On the action of the venoms of the cobra (Naja tripudians) and of the daboia (Daboia russellii) on the red blood corpuscles and on the blood plasma - Number 4
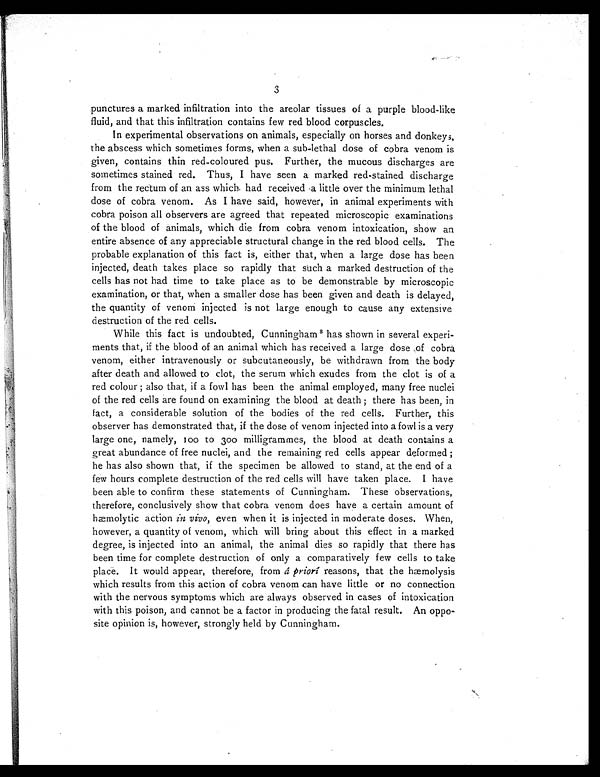
-4
3 3
punctures a marked infiltration into the areolar tissues of a purple blood-like
fluid, and that this infiltration contains few red blood corpuscles.
In experimental observations on animals, especially on horses and donkeys,
the abscess which sometimes forms, when a sub-lethal dose of cobra venom is
given, contains thin red-coloured pus. Further, the mucous discharges are
sometimes stained red. Thus, I have seen a marked red-stained discharge
from the rectum of an ass which had received a little over the minimum lethal
dose of cobra venom. As I have said, however, in animal experiments with
cobra poison all observers are agreed that repeated microscopic examinations
of the blood of animals, which die from cobra venom intoxication, show an
entire absence of any appreciable structural change in the red blood cells. The
probable explanation of this fact is, either that, when a large dose has been
injected, death takes place so rapidly that such a marked destruction of the
cells has not had time to take place as to be demonstrable by microscopic
examination, or that, when a smaller dose has been given and death is delayed,
the quantity of venom injected is not large enough to cause any extensive
destruction of the red cells.
While this fact is undoubted, Cunningham 8 has shown in several experi-
ments that, if the blood of an animal which has received a large dose of cobra
venom, either intravenously or subcutaneously, be withdrawn from the body
after death and allowed to clot, the serum which exudes from the clot is of a
red colour ; also that, if a fowl has been the animal employed, many free nuclei
of the red cells are found on examining the blood at death ; there has been, in
fact, a considerable solution of the bodies of the red cells. Further, this
observer has demonstrated that, if the dose of venom injected into a fowl is a very
large one, namely, I00 to 300 milligrammes, the blood at death contains a
great abundance of free nuclei, and the remaining red cells appear deformed ;
he has also shown that, if the specimen be allowed to stand, at the end of a
few hours complete destruction of the red cells will have taken place. I have
been able to confirm these statements of Cunningham. These observations,
therefore, conclusively show that cobra venom does have a certain amount of
hæmolytic action in vivo, even when it is injected in moderate doses. When,
however, a quantity of venom, which will bring about this effect in a marked
degree, is injected into an animal, the animal dies so rapidly that there has
been time for complete destruction of only a comparatively few cells to take
place. It would appear, therefore, from â priorî reasons, that the hæmolysis
which results from this action of cobra venom can have little or no connection
with the nervous symptoms which are always observed in cases of intoxication
with this poison, and cannot be a factor in producing the fatal result. An oppo-
site opinion is, however, strongly held by Cunningham.